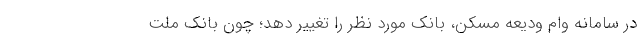
در سامانه وام ودیعه مسکن، بانک مورد نظر را تغییر دهد؛ چون بانک ملت